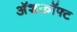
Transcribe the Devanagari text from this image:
अॅशक्रॉफ्ट